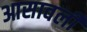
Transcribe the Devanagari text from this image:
आसावली